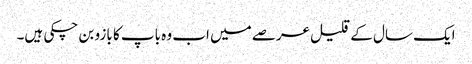
ایک سال کے قلیل عرصے میں اب وہ باپ کا بازو بن چکی ہیں۔